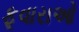
ફૂવારાઓ